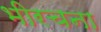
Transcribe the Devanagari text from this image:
भीरचना